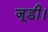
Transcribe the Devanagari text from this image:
जूडी।